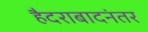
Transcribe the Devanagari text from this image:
हैदराबादनंतर